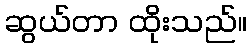
ဆွယ်တာ ထိုးသည်။